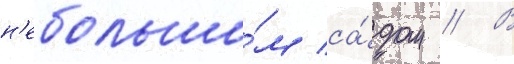
н'ебольши́м са́дом // В